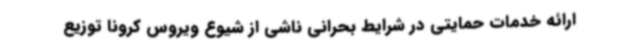
ارائه خدمات حمایتی در شرایط بحرانی ناشی از شیوع ویروس کرونا توزیع